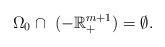
LaTeX: \begin{align*} \Omega_0\cap\ (- \mathbb{R}_+^{m+1})=\emptyset.\end{align*}